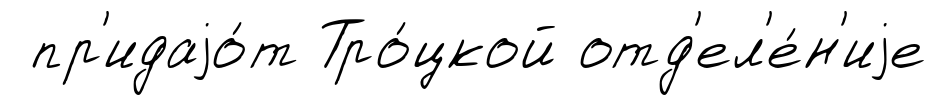
пр'идаjо́т Тро́цкой отд'ел'е́н'иjе